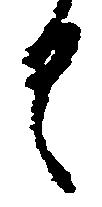
具